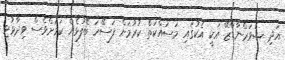
އަދި ޝެވަރްނާޑްޒޭ އަކީ އެކުގައި މަސައްކަތް ކުރުމަށް ފަސޭހަ ބޭފުޅެއް ކަމަށްވެސް ވިދާޅުވި